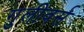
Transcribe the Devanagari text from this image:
गुलीवर्स